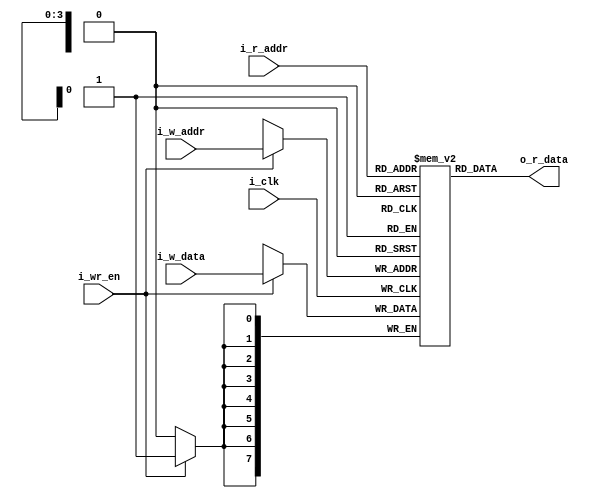
module reg_file
	#(
		parameter DATA_WIDTH = 8,	// number of bits in a word
		          ADDR_WIDTH = 4
	)
	(
		output wire [DATA_WIDTH-1:0] o_r_data,

		input wire [ADDR_WIDTH-1:0] i_r_addr,
		input wire [ADDR_WIDTH-1:0] i_w_addr, 
		input wire [DATA_WIDTH-1:0] i_w_data,
		input wire i_wr_en,

		input wire i_clk
	);

	// signal declaration
	reg [DATA_WIDTH-1:0] array_reg [2**ADDR_WIDTH-1:0];

	// body
	// write operation
	always @(posedge i_clk)
		if (i_wr_en)
			array_reg[i_w_addr] <= i_w_data;

	// read operation
	assign o_r_data =  array_reg[i_r_addr];
endmodule